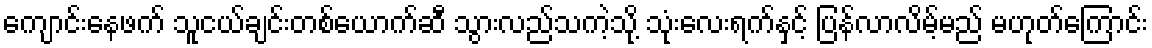
ကျောင်းနေဖက် သူငယ်ချင်းတစ်ယောက်ဆီ သွားလည်သကဲ့သို့ သုံးလေးရက်နှင့် ပြန်လာလိမ့်မည် မဟုတ်ကြောင်း